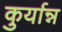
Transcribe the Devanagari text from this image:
कुर्यान्न